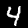
Label: 4